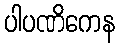
ပါပဏိကေန